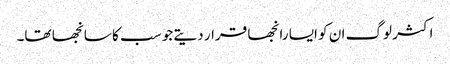
اکثر لوگ ان کو ایسا رانجھا قرار دیتے جو سب کا سانجھا تھا۔